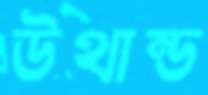
উথান্ড